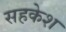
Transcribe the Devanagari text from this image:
सहकेश